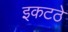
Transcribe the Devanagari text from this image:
इकटठे